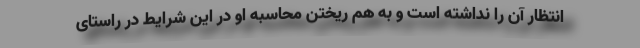
انتظار آن را نداشته است و به هم ریختن محاسبه او در این شرایط در راستای